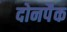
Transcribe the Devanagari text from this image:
दोनपैक